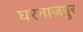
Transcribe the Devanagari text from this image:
घरनाजपुर